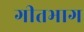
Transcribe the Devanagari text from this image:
गीतभाग